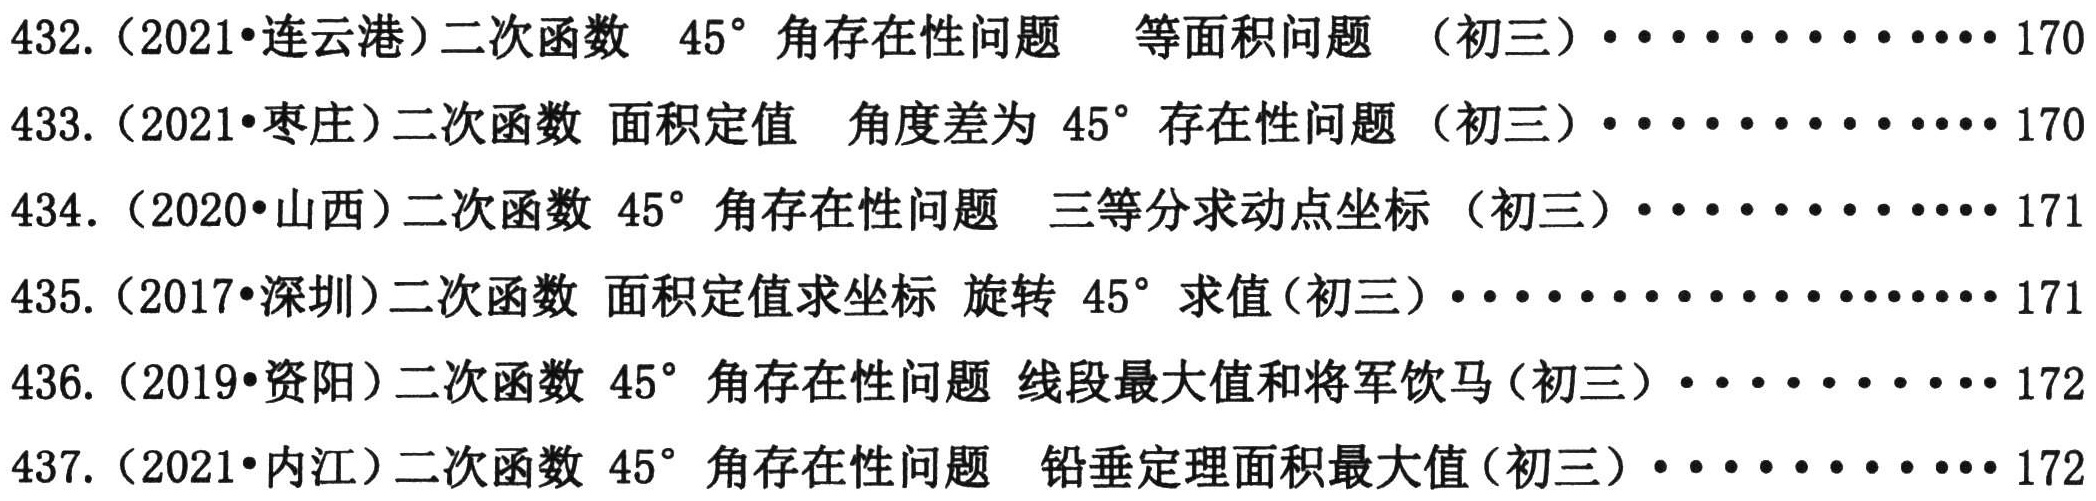
432.（2021•连云港）二次函数 \(45^{\circ}\) 角存在性问题 等面积问题 （初三）\(\cdots\cdots\cdots\cdots\cdots170\)
433.（2021•枣庄）二次函数 面积定值 角度差为 \(45^{\circ}\) 存在性问题 （初三）\(\cdots\cdots\cdots\cdots\cdots170\)
434.（2020•山西）二次函数 \(45^{\circ}\) 角存在性问题 三等分求动点坐标 （初三）\(\cdots\cdots\cdots\cdots\cdots171\)
435.（2017•深圳）二次函数 面积定值求坐标 旋转 \(45^{\circ}\) 求值（初三）\(\cdots\cdots\cdots\cdots\cdots\cdots\cdots171\)
436.（2019•资阳）二次函数 \(45^{\circ}\) 角存在性问题 线段最大值和将军饮马（初三）\(\cdots\cdots\cdots\cdots\cdots172\)
437.（2021•内江）二次函数 \(45^{\circ}\) 角存在性问题 铅垂定理面积最大值（初三）\(\cdots\cdots\cdots\cdots\cdots172\)